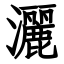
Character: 灑